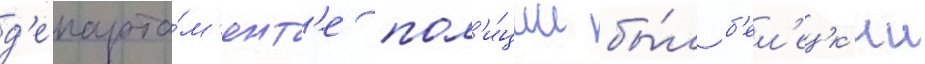
д'епарта́м'ент'е пол'и́ции бы́л б'ел'ецк'ии